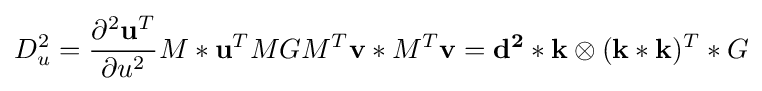
D_{u}^{2}={\frac {\partial ^{2}\mathbf {u} ^{T}}{\partial u^{2}}}M\ast \mathbf {u} ^{T}MGM^{T}\mathbf {v} \ast M^{T}\mathbf {v} =\mathbf {d^{2}} \ast \mathbf {k} \otimes (\mathbf {k} \ast \mathbf {k} )^{T}\ast G